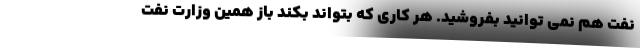
نفت هم نمی توانید بفروشید. هر کاری که بتواند بکند باز همین وزارت نفت